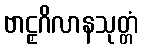
ဗာဠှဂိလာနသုတ္တံ